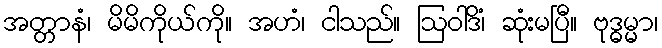
အတ္တာနံ၊ မိမိကိုယ်ကို။ အဟံ၊ ငါသည်။ ဩဝါဒိံ၊ ဆုံးမပြီ။ ဗုဒ္ဓမ္မာ၊